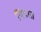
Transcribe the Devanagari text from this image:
पिंपात